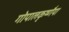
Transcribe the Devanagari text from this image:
गोपालकृष्णैया